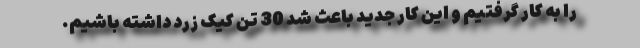
را به کار گرفتیم و این کار جدید باعث شد 30 تن کیک زرد داشته باشیم.